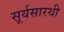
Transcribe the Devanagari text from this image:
सूर्यसारथी